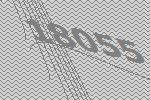
18055